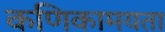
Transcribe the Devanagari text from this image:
कणिकामयता